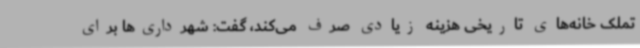
تملک خانه‌های تاریخی هزینه زیادی صرف می‌کند، گفت: شهرداری‌ها برای